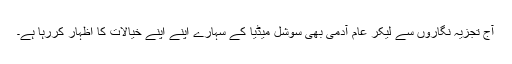
آج تجزیہ نگاروں سے لیکر عام آدمی بھی سوشل میڈیا کے سہارے اپنے اپنے خیالات کا اظہار کررہا ہے۔